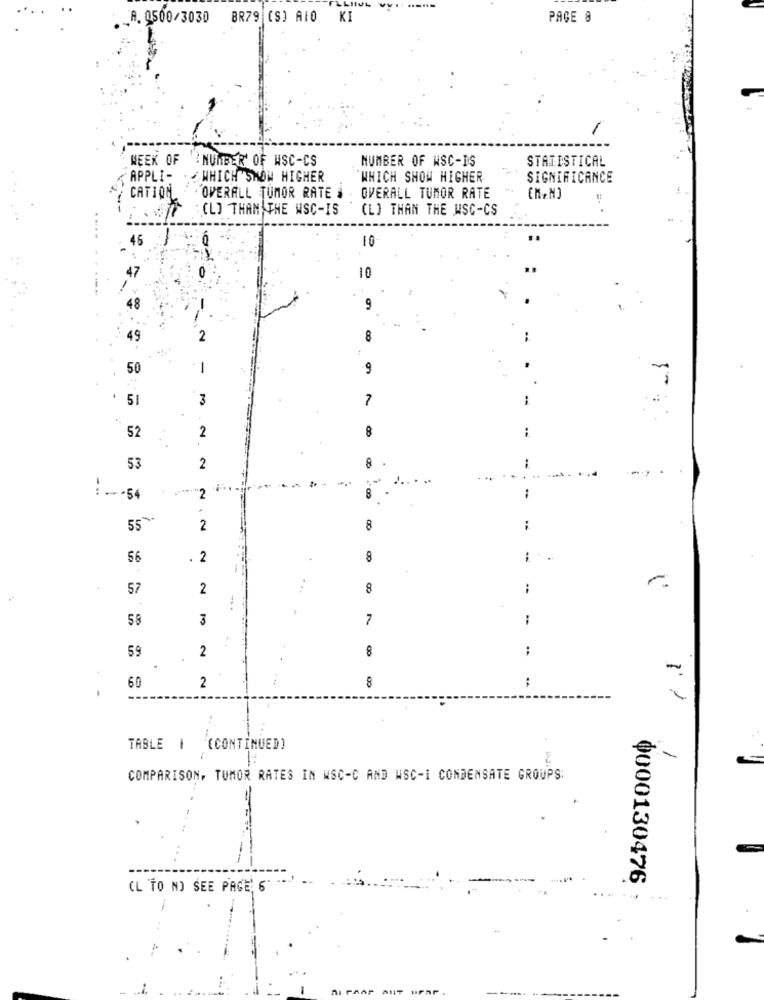
A. 0500/3030 BR79 (S) AIO
KI
PAGE 8
WEEK OF
NUMBER OF WSC-CS
NUMBER OF WSC-IS
STATISTICAL
APPLI-
WHICH SHOW HIGHER
`WHICH SHOW HIGHER
SIGNIFICANCE
CATION
OVERALL TUMOR RATE
OVERALL TUMOR RATE
(L] THAN THE WSC-IS
(L) THAN THE WSC-CS
....
10
0
10
49
2
8
-
50
-
9
51
3
7
52
2
8
8
53
2
-
...
: - . 54
"2
55"
2
8
56
2
8
: .
57
2
...
8
3
7
-
59
2
8
;
. ..
8
:
-
60
2
---
. -
TABLE # (CONTINUED]
-
COMPARISON, TUMOR RATES IN WSC-C AND WSC-I CONDENSATE GROUPS:
0000130476
CL TO NO SEE PAGE' 6"
NI PAAP ANT UPSP